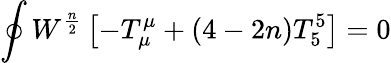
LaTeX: \oint W^{\frac{n}{2}}\left[-T_{\mu}^{\mu}+(4-2n)T_{5}^{5}\right]=0